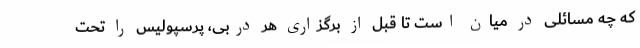
که چه مسائلی در میان است تا قبل از برگزاری هر دربی، پرسپولیس را تحت